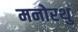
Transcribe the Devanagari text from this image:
मनोरथु